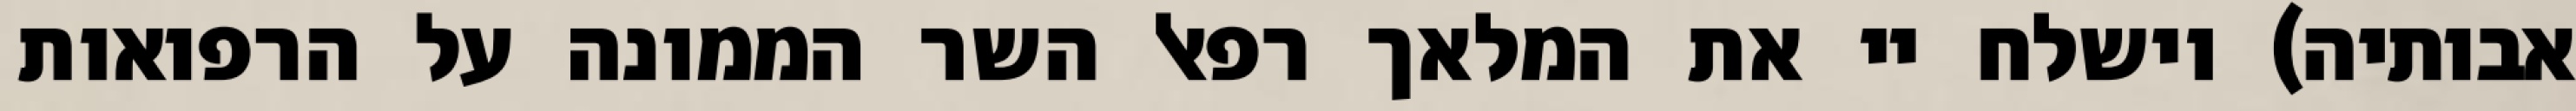
אבותיה) וישלח יי את המלאך רפאל השר הממונה על הרפואות